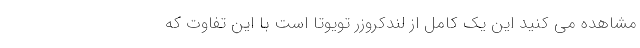
مشاهده می کنید این یک کامل از لندکروزر تویوتا است با این تفاوت که